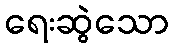
ရေးဆွဲသော